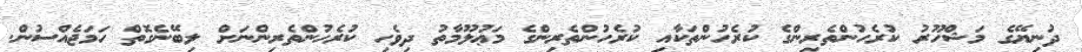
ދުނިޔޭގެ މަޝްހޫރު ކުރެހުންތެރިންގެ ކުރެހުންތަކާއި ކުރެހުންތެރިންގެ މަޢުލޫމާތު ދިވެހި ކުރެހުންތެރިންނަށް ލިބޭނެގޮތް ހަމަޖެއްސުން.